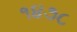
૧૪૭૮